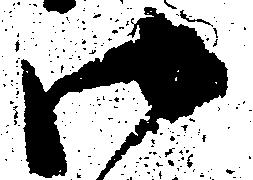
御